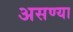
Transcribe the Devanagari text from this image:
असण्या